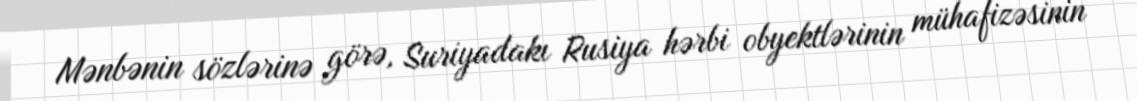
Mənbənin sözlərinə görə, Suriyadakı Rusiya hərbi obyektlərinin mühafizəsinin